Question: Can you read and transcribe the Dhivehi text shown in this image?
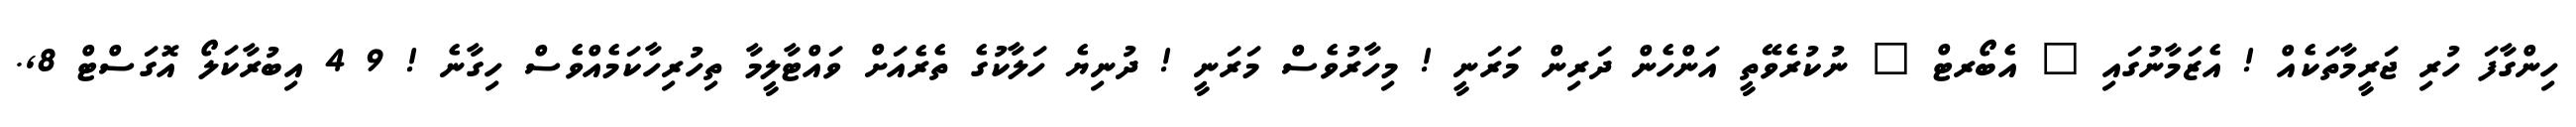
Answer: ހިންގާފަ ހުރި ޖަރީމާތަކެއް ! އެޒަމާނުގައި " އެބޯރޓް " ނުކުރެވޭތީ އަންހެން ދަރިން މަރަނީ ! މިހާރުވެސް މަރަނީ ! ދުނިޔެ ހަލާކުގެ ތެރެއަށް ވައްޓާލީމާ ތިހުރިހާކަމެއްވެސް ހިގާނެ ! 9 4 އިބުރާކަލޯ އޮގަސްޓް 8,.